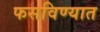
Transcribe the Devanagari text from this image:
फसविण्यात